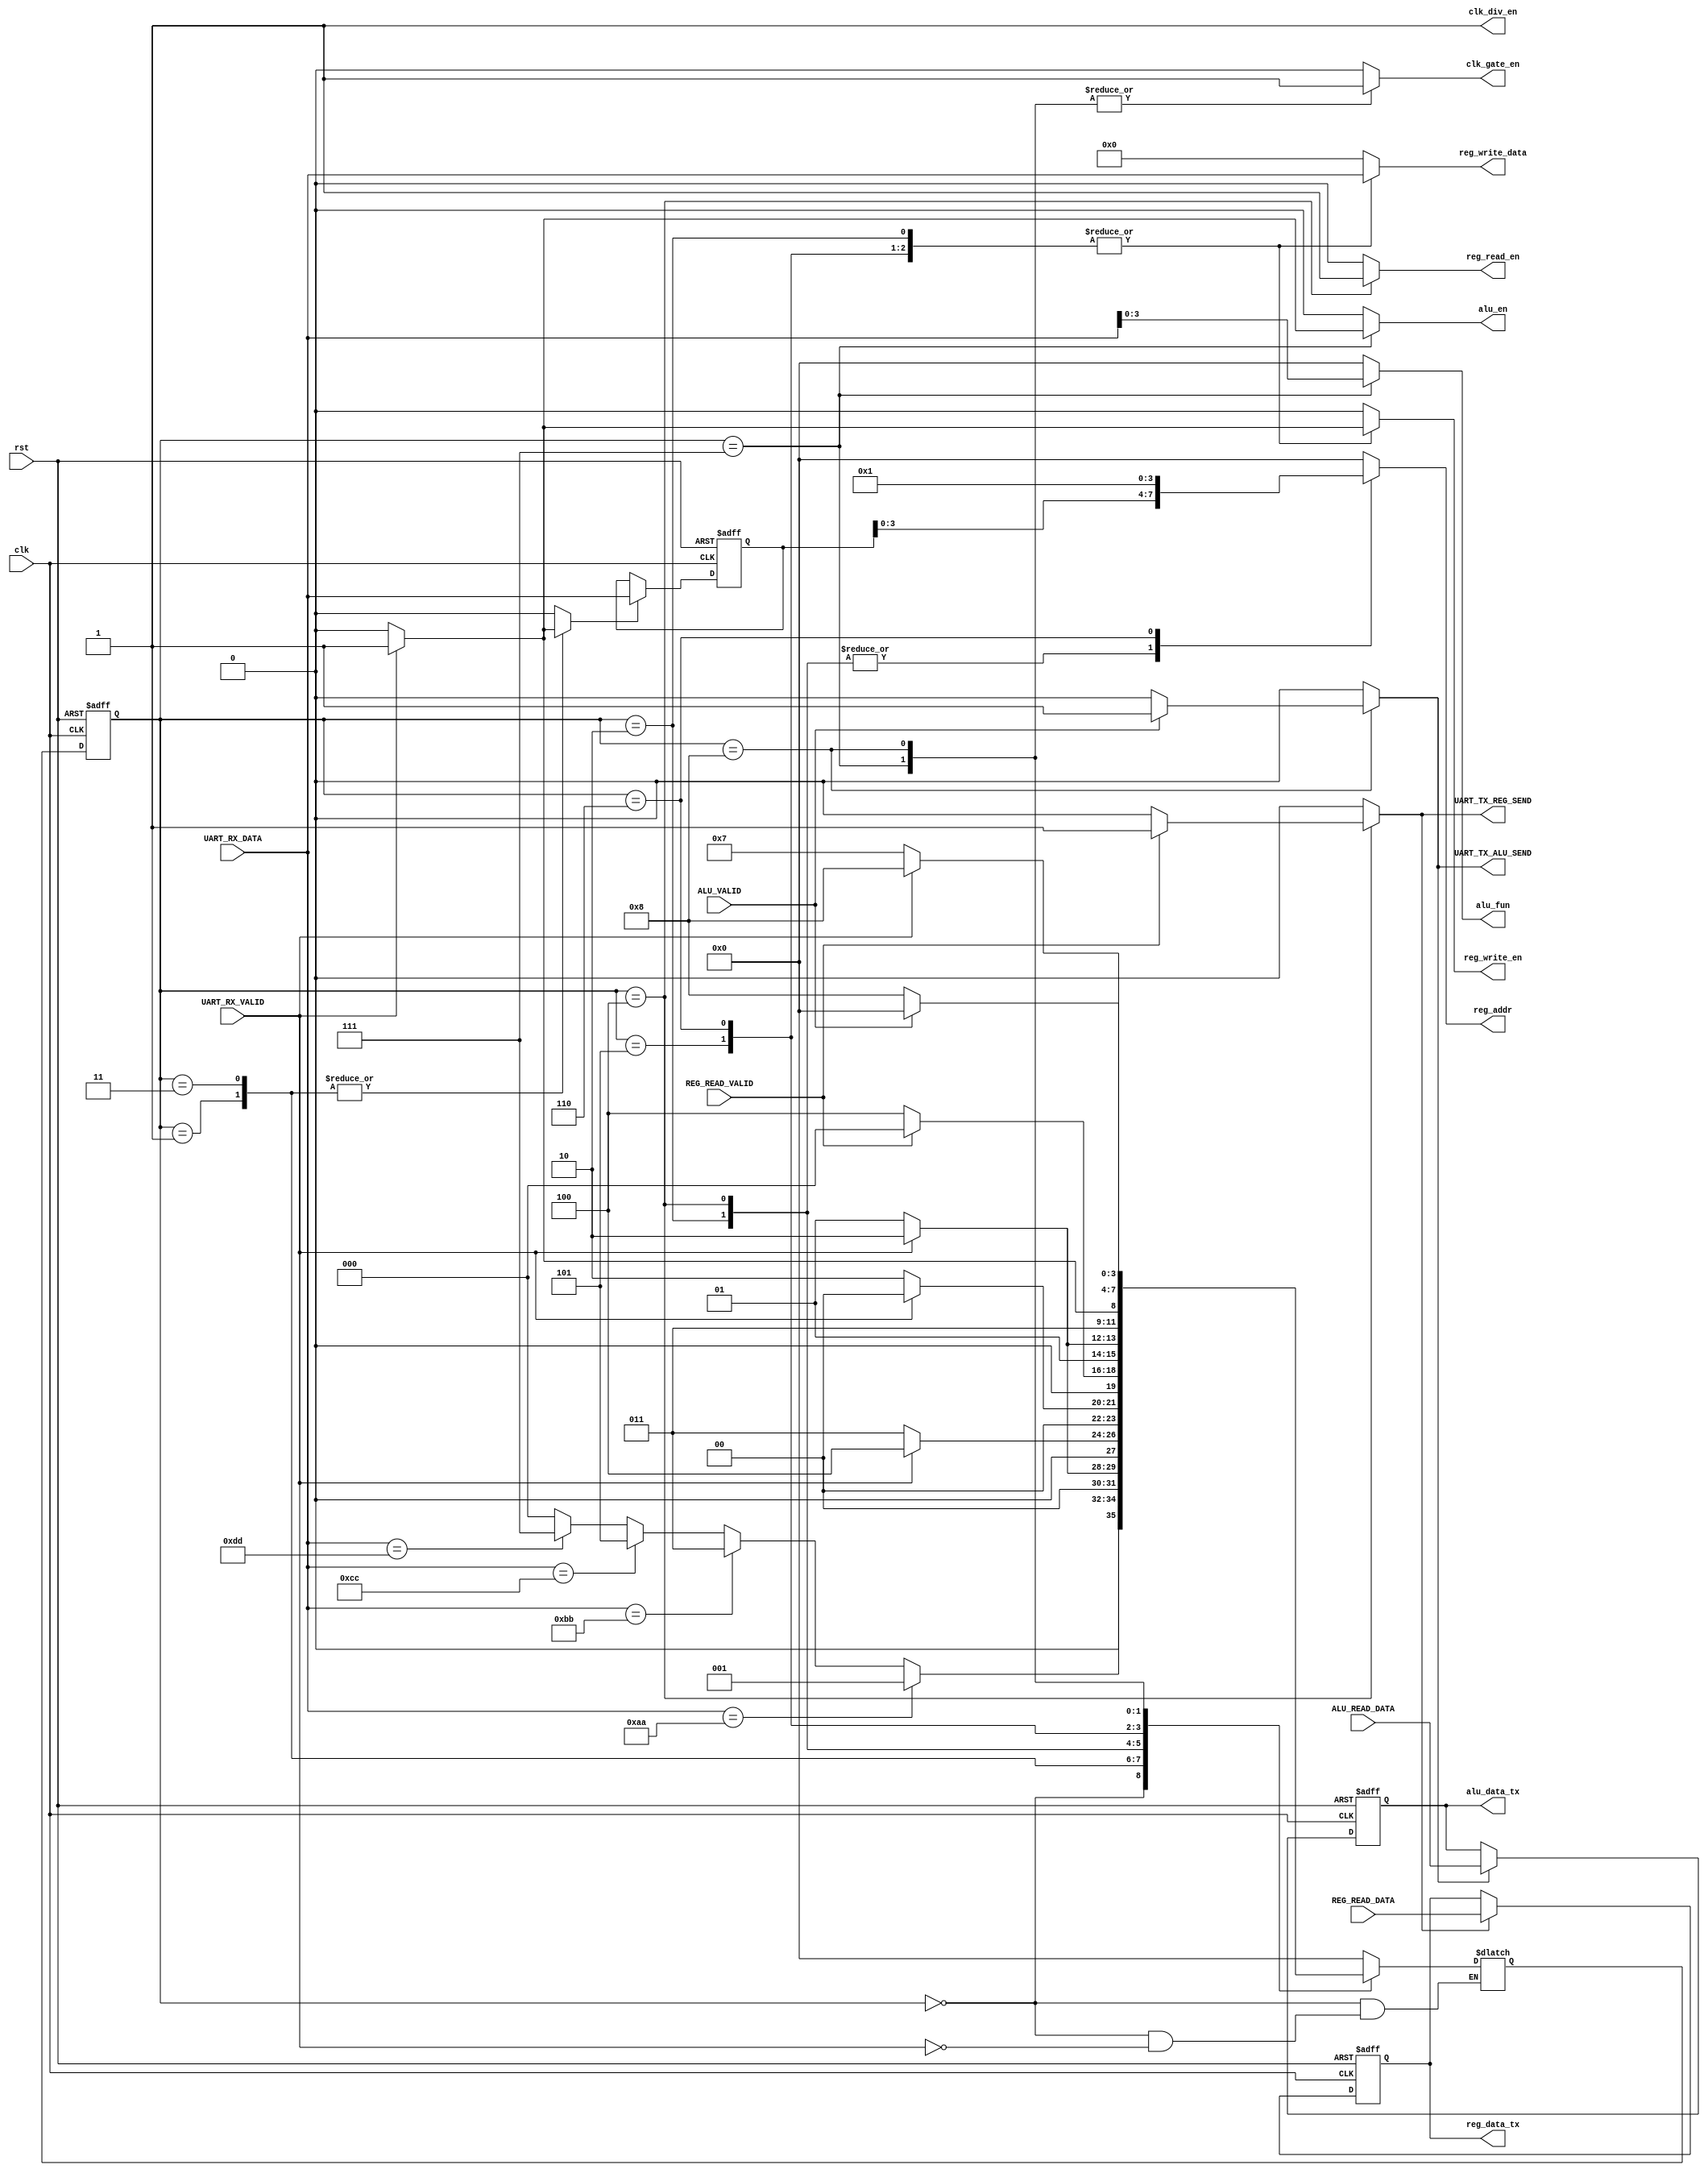
module SYS_RX_CTRL #(parameter DATA_WIDTH = 8 , parameter REG_ADDR = 4)
  (
    input wire clk,rst,
    input wire UART_RX_VALID,REG_READ_VALID,ALU_VALID,
    input wire [DATA_WIDTH-1 : 0] UART_RX_DATA,
    input wire [DATA_WIDTH-1 : 0] REG_READ_DATA,
    input wire [DATA_WIDTH*2-1 : 0] ALU_READ_DATA,
    
    output reg [DATA_WIDTH-1:0] reg_write_data,
    output reg alu_en,reg_write_en,reg_read_en,
    output reg clk_gate_en,clk_div_en,
    output reg [3:0]  alu_fun,
    output reg [REG_ADDR-1:0] reg_addr,
    
    output reg UART_TX_REG_SEND,UART_TX_ALU_SEND, // communicate between tx,rx controllers
    output reg [DATA_WIDTH*2-1 : 0] alu_data_tx, // communicate between tx,rx controllers
    output reg [DATA_WIDTH-1 : 0]   reg_data_tx // communicate between tx,rx controllers
    );
    
/*** COMMANDS ***/
localparam [7:0] REG_WRITE_CMD = 8'hAA,
                 REG_READ_CMD = 8'hBB,
                 ALU_OP_CMD = 8'hCC,
                 ALU_NO_OP_CMD = 8'hDD;

/*** STATES ***/
localparam [3:0] IDLE_S = 'd0,
                 REG_WR_ADDR_S = 'd1,
                 REG_WR_DATA_S = 'd2,
                 REG_RD_ADDR_S = 'd3,
                 REG_WAIT_S = 'd4,
                 ALU_OP_A_S = 'd5,
                 ALU_OP_B_S = 'd6,
                 ALU_FUN_S = 'd7,
                 ALU_WAIT_S = 'd8;
                 
/*** current,next state ***/
reg [3:0] cs,ns;

/**** STORING IN REGISTERS *****/
reg [DATA_WIDTH-1:0] REG_ADDR_STORE;
reg REG_ADDR_STORE_EN,REG_DATA_STORE_EN,ALU_DATA_STORE_EN;

/***** STORING REGISTER FILE ADDRESS ******/
always @(posedge clk or negedge rst)begin
  if(!rst)
    REG_ADDR_STORE <= 'd0;
  else if(REG_ADDR_STORE_EN)
     REG_ADDR_STORE <= UART_RX_DATA; 
end

/****** STORING REGISTER FILE DATA *******/
always @(posedge clk or negedge rst)begin
  if(!rst)
     reg_data_tx <= 'd0;
  else if(REG_DATA_STORE_EN)
     reg_data_tx <= REG_READ_DATA; 
end

/****** STORING ALU DATA ******/
always @(posedge clk or negedge rst)begin
  if(!rst)
    alu_data_tx <= 'd0;
  else if(ALU_DATA_STORE_EN)
   alu_data_tx <= ALU_READ_DATA; 
end




                 
/*** current state logic ***/
always@(posedge clk or negedge rst)begin
  if(!rst)
    cs <= IDLE_S;
  else
    cs <= ns;
end    

                 
/*** next state logic ***/
always @(*)begin
  case(cs)
  
    IDLE_S:begin
      if(UART_RX_VALID)begin
        if(UART_RX_DATA == REG_WRITE_CMD)
          ns = REG_WR_ADDR_S;
        else if(UART_RX_DATA == REG_READ_CMD)
          ns = REG_RD_ADDR_S ;
        else if(UART_RX_DATA == ALU_OP_CMD)
          ns = ALU_OP_A_S ;
        else if(UART_RX_DATA == ALU_NO_OP_CMD)
          ns = ALU_FUN_S ;
        else
          ns = IDLE_S;
      end    
         end
         
    REG_WR_ADDR_S:begin
        if(UART_RX_VALID)
          ns = REG_WR_DATA_S;
        else
          ns = REG_WR_ADDR_S;
         end
         
    REG_RD_ADDR_S:begin
         if(UART_RX_VALID)
          ns = REG_WAIT_S;
         else
          ns = REG_RD_ADDR_S;
         end
         
    REG_WR_DATA_S:begin
        if(UART_RX_VALID)
          ns = IDLE_S;
        else
          ns = REG_WR_DATA_S;
         end
        
    REG_WAIT_S:begin  // WAIT READING DATA FROM REG FILE
         if(REG_READ_VALID)
          ns = IDLE_S;
         else
          ns = REG_WAIT_S;
         end
         
    ALU_OP_A_S:begin
         if(UART_RX_VALID)
          ns = ALU_OP_B_S;
         else
          ns = ALU_OP_A_S;
         end 
         
    ALU_OP_B_S:begin
         if(UART_RX_VALID)
          ns = ALU_FUN_S;
         else
          ns = ALU_OP_B_S;
         end 
        
    ALU_FUN_S:begin
         if(UART_RX_VALID)
          ns = ALU_WAIT_S;
         else
          ns = ALU_FUN_S;
         end 
         
    ALU_WAIT_S:begin  // WAIT FOR CALCULATION 
         if(ALU_VALID)
          ns = IDLE_S;
         else
          ns = ALU_WAIT_S;
         end
         
     default : ns = IDLE_S;
  endcase     
end
          
                  
/*** output logic ***/
always @(*)begin
reg_write_en = 'd0;
reg_addr = 'd0;
reg_write_data = 'd0;
reg_read_en = 'd0;
clk_gate_en = 'd0;
clk_div_en = 'd1;
alu_en = 'd0;
alu_fun = 'd0;

UART_TX_REG_SEND = 'd0;
UART_TX_ALU_SEND = 'd0;

REG_DATA_STORE_EN = 'd0;
REG_ADDR_STORE_EN = 'd0;
ALU_DATA_STORE_EN = 'd0;

  case(cs)
  
    IDLE_S:begin
         end
         
    REG_WR_ADDR_S:begin
         if(UART_RX_VALID)
           REG_ADDR_STORE_EN = 'd1;
         else
           REG_ADDR_STORE_EN = 'd0;
         end
         
    REG_RD_ADDR_S:begin
         if(UART_RX_VALID)
           REG_ADDR_STORE_EN = 'd1;
         else
           REG_ADDR_STORE_EN = 'd0;
         end
         
         
    REG_WR_DATA_S:begin
          if(UART_RX_VALID)begin
            reg_write_en = 'd1;
            reg_addr = REG_ADDR_STORE;
            reg_write_data = UART_RX_DATA;
            end
          else begin
            reg_write_en = 'd0;
            reg_addr = REG_ADDR_STORE;
            reg_write_data = UART_RX_DATA;
         end
         end
         
    REG_WAIT_S:begin
            reg_read_en = 'd1;
            reg_addr = REG_ADDR_STORE;
            if(REG_READ_VALID)begin
              UART_TX_REG_SEND = 'd1;
              REG_DATA_STORE_EN ='d1;
              end
            else begin
              UART_TX_REG_SEND = 'd0;
              REG_DATA_STORE_EN ='d0;              
            end  
         end
    ALU_OP_A_S:begin
            if(UART_RX_VALID)begin
              reg_write_en = 'd1;
              reg_addr = 'd0;
              reg_write_data = UART_RX_DATA;
            end
            else begin
              reg_write_en = 'd0;
              reg_addr = 'd0;
              reg_write_data = UART_RX_DATA;
         end       
         end
         
    ALU_OP_B_S:begin
            if(UART_RX_VALID)begin
              reg_write_en = 'd1;
              reg_addr = 'd1;
              reg_write_data = UART_RX_DATA;
            end
            else begin
              reg_write_en = 'd0;
              reg_addr = 'd1;
              reg_write_data = UART_RX_DATA;
         end       
         end
         
    ALU_FUN_S:begin
            clk_gate_en = 'd1;
            if(UART_RX_VALID)begin
              alu_en = 'd1;
              alu_fun = UART_RX_DATA;
            end
            else begin
              alu_en = 'd0;
              alu_fun = UART_RX_DATA;
            end  
         end
         
    ALU_WAIT_S:begin
            clk_gate_en = 'd1;
            if(ALU_VALID)begin
              ALU_DATA_STORE_EN = 'd1;
              UART_TX_ALU_SEND = 'd1;
            end
            else begin
              ALU_DATA_STORE_EN = 'd0;
              UART_TX_ALU_SEND = 'd0;
            end  
         end    

     default : begin
reg_write_en = 'd0;
reg_addr = 'd0;
reg_write_data = 'd0;
reg_read_en = 'd0;
clk_gate_en = 'd0;
clk_div_en = 'd1;
alu_en = 'd0;
alu_fun = 'd0;

UART_TX_REG_SEND = 'd0;
UART_TX_ALU_SEND = 'd0;

REG_DATA_STORE_EN = 'd0;
REG_ADDR_STORE_EN = 'd0;
ALU_DATA_STORE_EN = 'd0;     
      end
     
  endcase     
end
endmodule